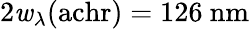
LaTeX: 2\mathit{w}_{\lambda}(\mathrm{{achr}})=126~\mathrm{{nm}}